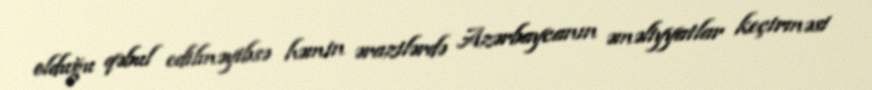
olduğu qəbul edilməyibsə həmin ərazilərdə Azərbaycanın əməliyyatlar keçirməsi